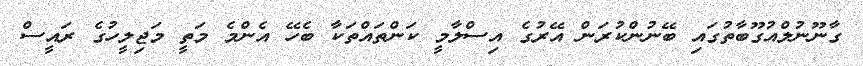
ގާނޫނުލްއުގޫބާތުގައި ބޭނުންކުރަން އޭރުގެ އިސްލާމީ ކަންތައްތަކާ ބެހޭ އެންމެ މަތީ މަޖިލީހުގެ ރައީސް